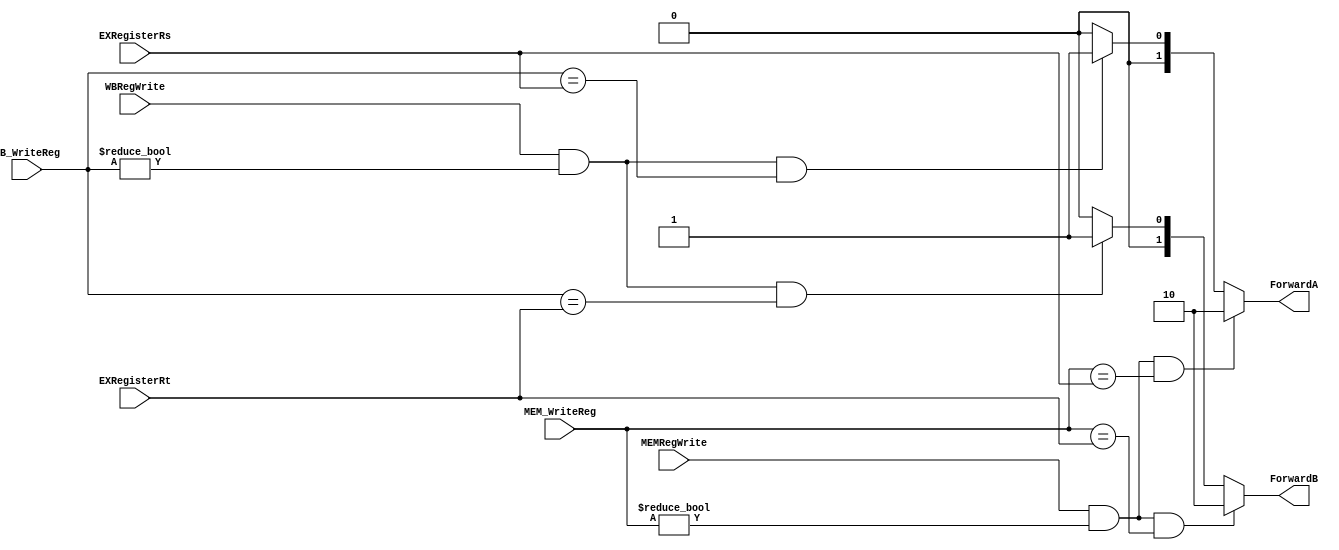
`timescale 1ns / 1ps

module forwardingUnit(MEMRegWrite, MEM_WriteReg, EXRegisterRs, EXRegisterRt, 
    WBRegWrite, WB_WriteReg, ForwardA, ForwardB); 

    // RegWrite signals
    input MEMRegWrite, WBRegWrite;
    // destination registers
    input [4:0] MEM_WriteReg, WB_WriteReg, EXRegisterRs, EXRegisterRt;
    // forwarding signals
    output [1:0] ForwardA, ForwardB;

    reg [1:0] ForwardA, ForwardB;

    always@ (*) begin
        // Forwarding from EX_MEM (EX hazard)
        if(MEMRegWrite == 1'b1 && (MEM_WriteReg != 0) && (MEM_WriteReg == EXRegisterRs)) 
            ForwardA <= 2'b10;
        // Forwarding from MEM_WB (MEM hazard)
        else if(WBRegWrite == 1'b1 && (WB_WriteReg != 0) && (WB_WriteReg == EXRegisterRs))
            ForwardA <= 2'b01;
        // Select current EX registers
        else ForwardA <= 2'b00;
    end

    always@ (*) begin
        // Forwarding from EX_WEM (EX hazard) (including load-use after nop)
        if(MEMRegWrite == 1'b1 && (MEM_WriteReg != 0) && (MEM_WriteReg == EXRegisterRt)) 
           ForwardB <= 2'b10;
        // Forwarding from MEM_WB (MEM hazard) (including load-use after nop)
        else if(WBRegWrite == 1'b1 && (WB_WriteReg != 0) && (WB_WriteReg == EXRegisterRt)) 
            ForwardB <= 2'b01;
        // Select current EX registers
        else ForwardB <= 2'b00;
    end

endmodule